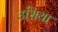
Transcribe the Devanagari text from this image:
उसिया